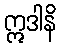
ဣဒါနိ